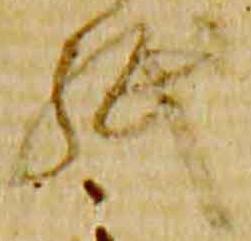
紙